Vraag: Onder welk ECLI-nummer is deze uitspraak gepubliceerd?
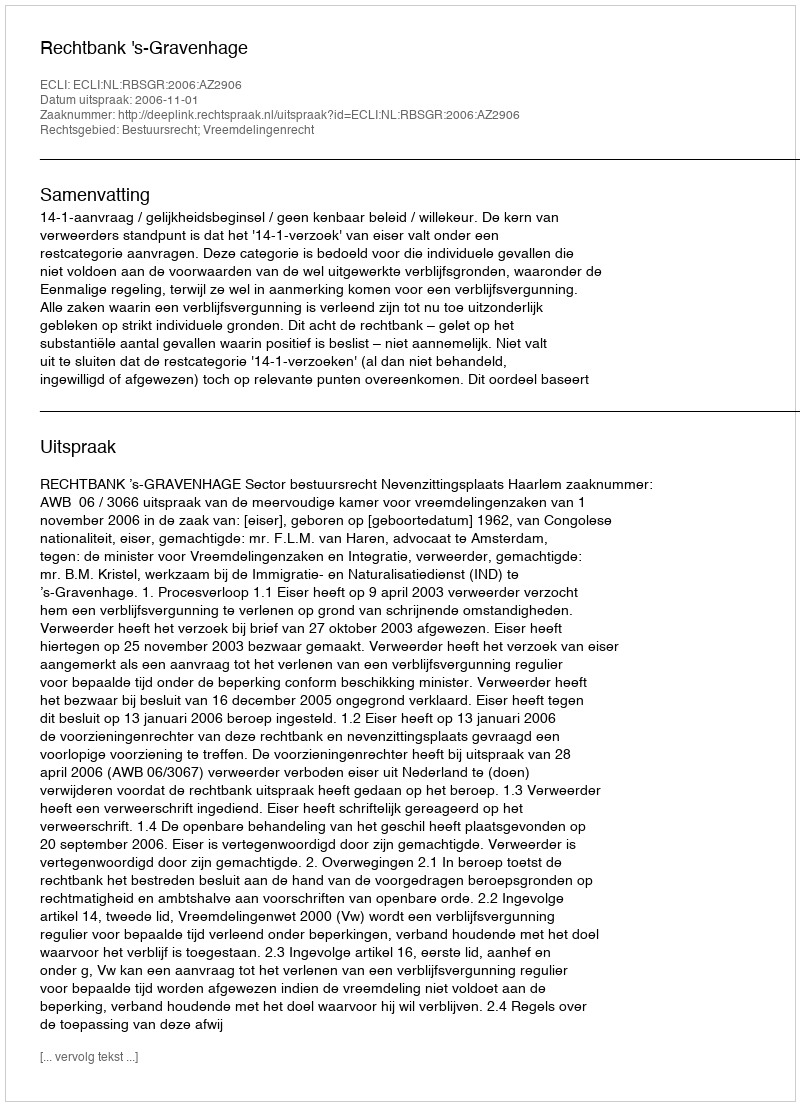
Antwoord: ECLI:NL:RBSGR:2006:AZ2906